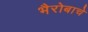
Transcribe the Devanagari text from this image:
भैरोबाचे